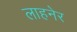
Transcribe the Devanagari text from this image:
लाहनेर